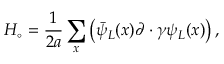
H _ { \circ } = { \frac { 1 } { 2 a } } \sum _ { x } \left( \bar { \psi } _ { L } ( x ) \partial \cdot \gamma \psi _ { L } ( x ) \right) ,